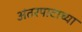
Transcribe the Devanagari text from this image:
अंतरपाटाच्या